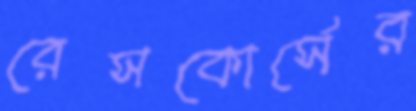
রেসকোর্সের